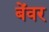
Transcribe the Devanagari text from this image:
बेंवर